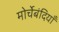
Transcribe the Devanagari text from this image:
मोर्चेबंदियाँ